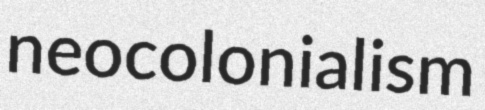
neocolonialism